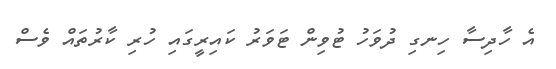
އެ ހާދިސާ ހިނގި ދުވަހު ޓުވިން ޓަވަރު ކައިރީގައި ހުރި ކާރުތައް ވެސް